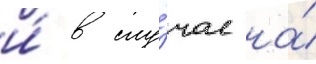
и́ в слу́чае на́